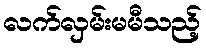
လက်လှမ်းမမီသည့်